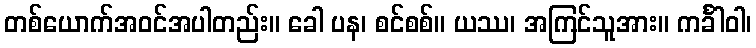
တစ်ယောက်အဝင်အပါတည်း။ ခေါ ပန၊ စင်စစ်။ ယဿ၊ အကြင်သူအား။ ကင်္ခါဝါ၊